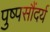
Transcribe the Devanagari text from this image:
पुष्पसौंदर्य